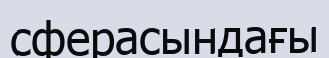
сферасындағы